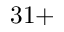
3 1 +